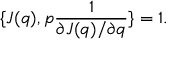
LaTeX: \{ J ( q ) , p { \frac { 1 } { \partial J ( q ) / \partial q } } \} = 1 .